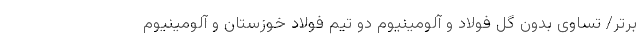
برتر/ تساوی بدون گل فولاد و آلومینیوم دو تیم فولاد خوزستان و آلومینیوم